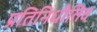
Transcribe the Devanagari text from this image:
प्रतिनिधीतिव